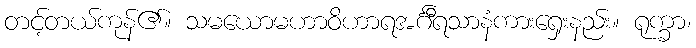
တင့်တယ်ကုန်၏။ သမယောမဟာဝိဟာရအင်္ဂီရသာနံကားရှေးနည်း။ ရုက္ခာ၊